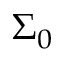
\Sigma _ { 0 }